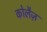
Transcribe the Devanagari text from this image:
कोलैज़